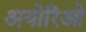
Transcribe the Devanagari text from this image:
अयोरिओ